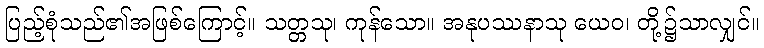
ပြည့်စုံသည်၏အဖြစ်ကြောင့်။ သတ္တသု၊ ကုန်သော။ အနုပဿနာသု ယေဝ၊ တို့၌သာလျှင်။